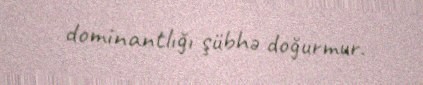
dominantlığı şübhə doğurmur.